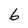
Character: 6